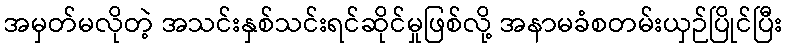
အမှတ်မလိုတဲ့ အသင်းနှစ်သင်းရင်ဆိုင်မှုဖြစ်လို့ အနာမခံစတမ်းယှဉ်ပြိုင်ပြီး